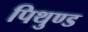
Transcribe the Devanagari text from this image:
पिथुण्ड